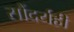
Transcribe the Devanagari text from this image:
सौंदर्यही